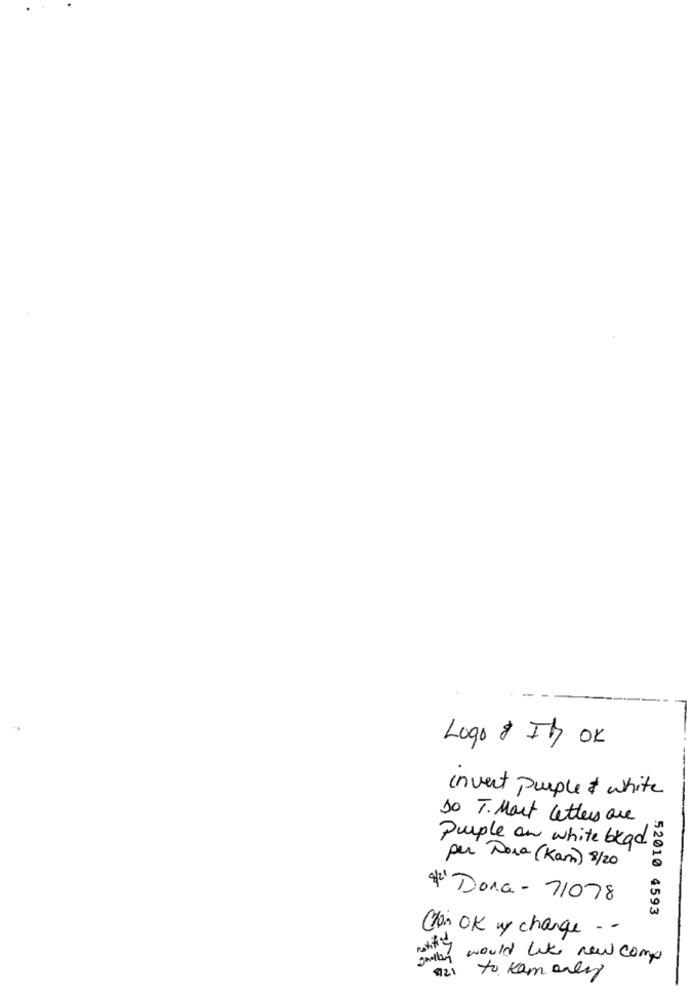
Logo & IB OK
invent purple & white
10 T. Mart Letters are
Purple on white blad
per Dosa (Kam) 8/20
* Dora- 71078
52010 4593
Chan OK wy change .-
grilling would like new comp
921 to Kam only